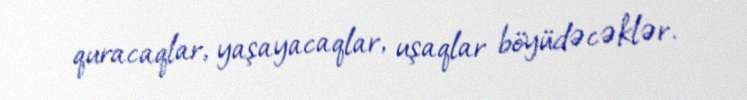
quracaqlar, yaşayacaqlar, uşaqlar böyüdəcəklər.